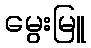
မွေးမြူ